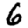
Digit: 6